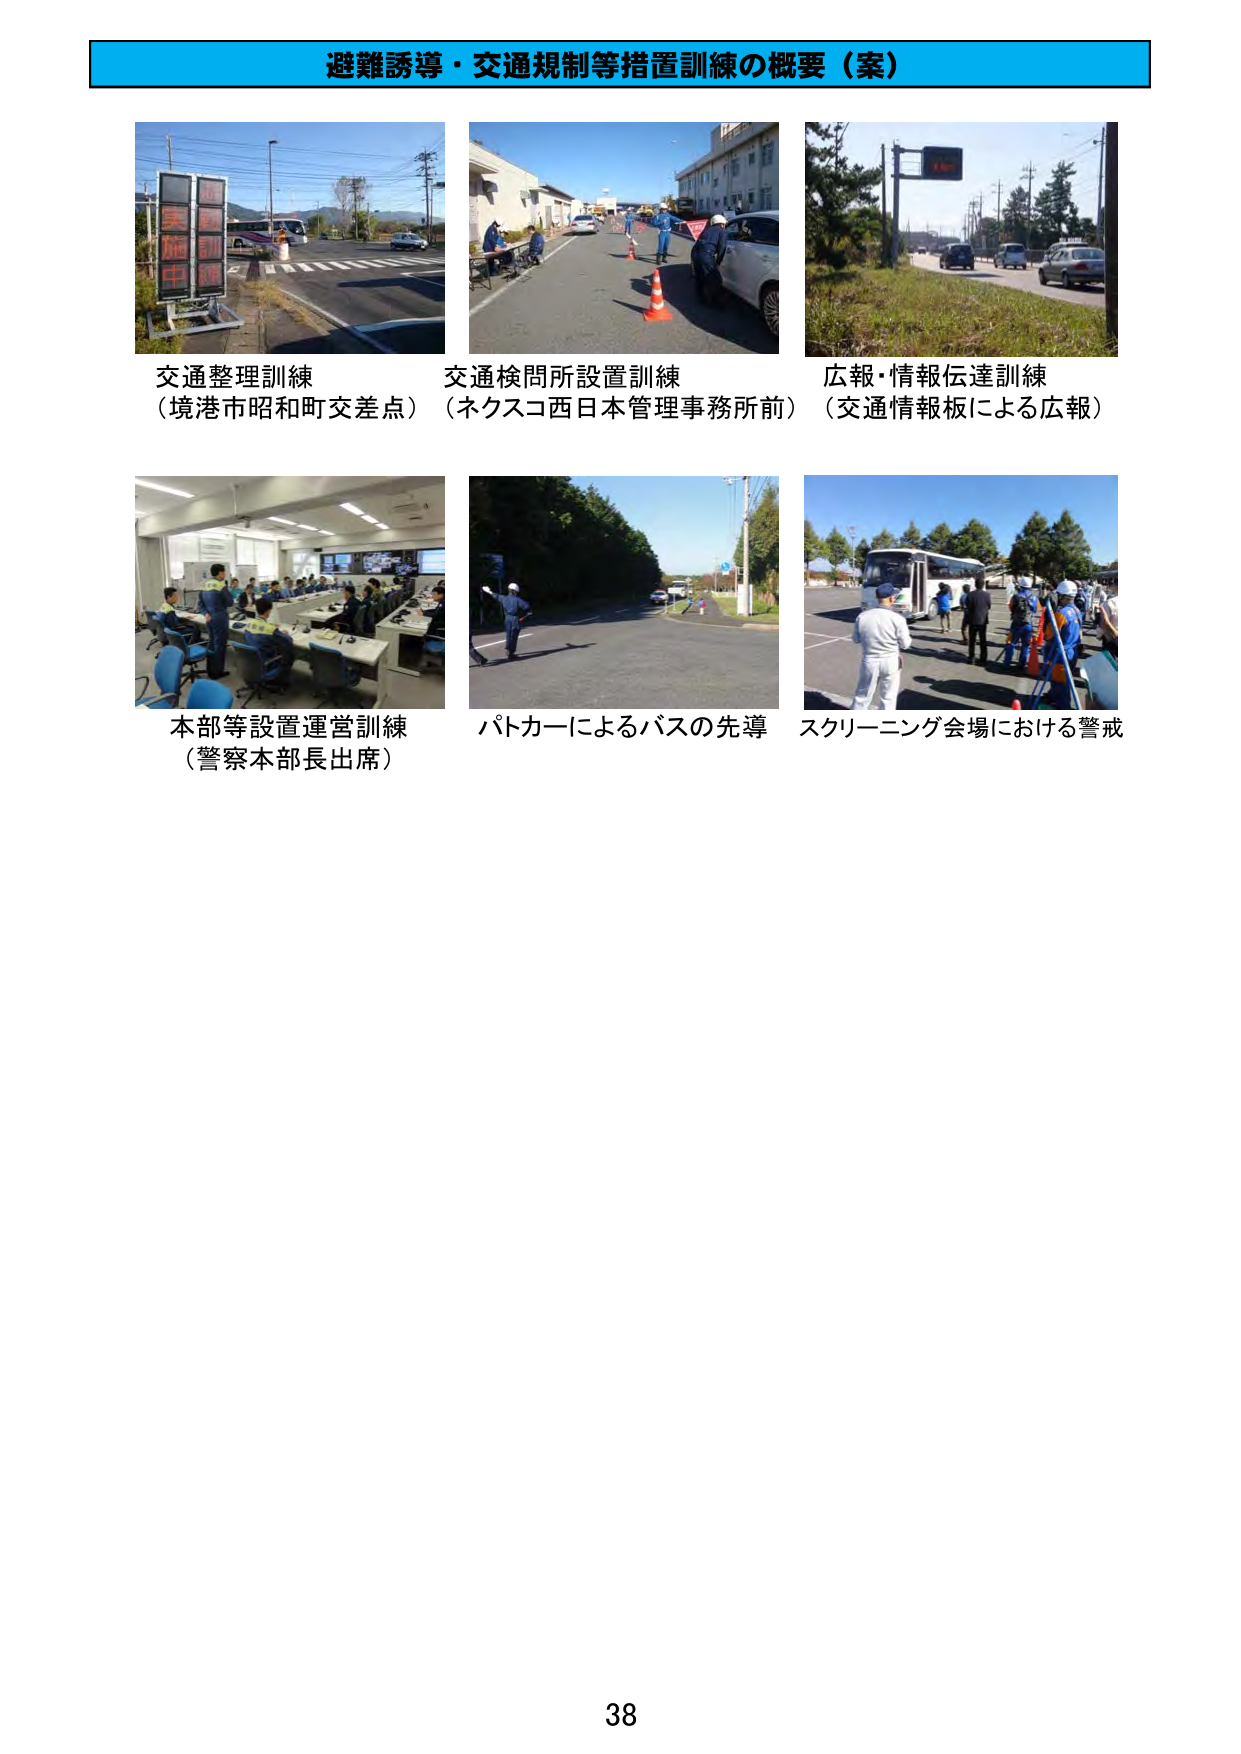
避難誘導・交通規制等措置訓練の概要（案）

交通整理訓練
（境港市昭和町交差点）

交通検問所設置訓練
（ネクスコ西日本管理事務所前）

広報・情報伝達訓練
（交通情報板による広報）

本部等設置運営訓練
（警察本部長出席）

パトカーによるバスの先導

スクリーニング会場における警戒

38